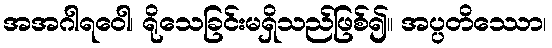
အအဂါရဝေါ၊ ရိုသေခြင်းမရှိသည်ဖြစ်၍။ အပ္ပတိဿော၊